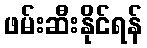
ဖမ်းဆီးနိုင်ရန်